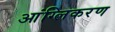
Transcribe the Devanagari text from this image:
आंग्लिकरण